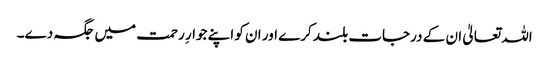
اللہ تعالیٰ ان کے درجات بلند کرے اور ان کو اپنے جوارِ رحمت میں جگہ دے۔